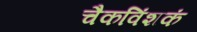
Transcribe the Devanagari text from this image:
चैकविंशकं